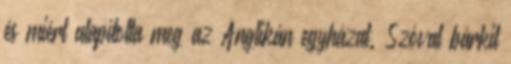
és miért alapította meg az Anglikán egyházat. Szóval bárkit